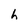
Character: h